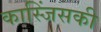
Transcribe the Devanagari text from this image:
कास्जिंसकी